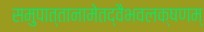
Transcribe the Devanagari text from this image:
समुपात्तानामेतद्वैभवलक्षणम्